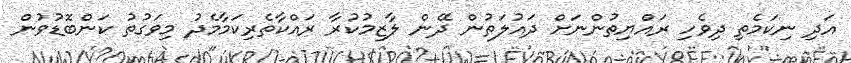
އަދި ނިކަމެތި ދިވެހި ރައްޔިތުންނަށް ދައުލަތުން ދޭން ލާޒިމުކުރާ ރައްކާތެރިކަމާމެދު މިވަގުތު ކަންބޮޑުވުން